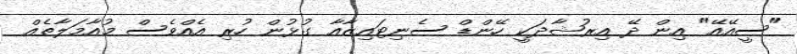
"ސީއޭއޭ" އިން ދޭ އިރުޝާދަކީ ހޭންޑް ސެނިޓައިޒާއާ ގުޅުން ހުރި އެއްވެސް މުއާމަލާތެއް